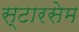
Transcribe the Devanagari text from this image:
स्टारसेम